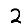
Digit: 2